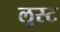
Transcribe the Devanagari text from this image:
लुस्ट